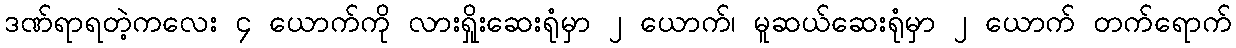
ဒဏ်ရာရတဲ့ကလေး ၄ ယောက်ကို လားရှိုးဆေးရုံမှာ ၂ ယောက်၊ မူဆယ်ဆေးရုံမှာ ၂ ယောက် တက်ရောက်